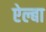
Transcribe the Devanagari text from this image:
ऐल्बा